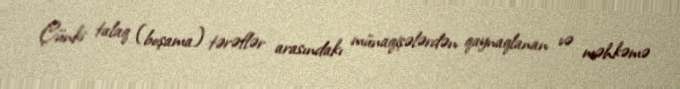
Çünki talaq (boşama) tərəflər arasındakı münaqişələrdən qaynaqlanan və məhkəmə